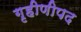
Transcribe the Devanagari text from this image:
गृहीणीपद